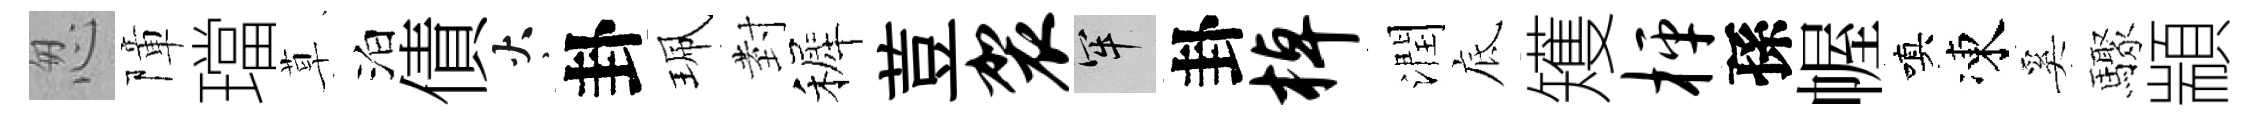
怱障璫草泊債火卦珮𭔹裤荳袈牢卦棹潤底矱枰孫幄嗔凍奚驟顓